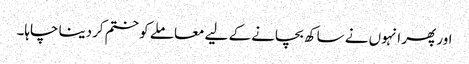
اور پھر انہوں نے ساکھ بچانے کے لیے معاملے کو ختم کردینا چاہا۔